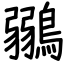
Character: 鶸